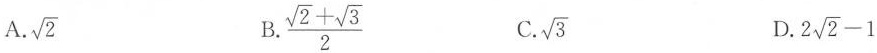
A. \sqrt{2} B. \frac{\sqrt{2}+ \sqrt{3}}{2} C. \sqrt{3} D. $$2 \sqrt{2}-1$$